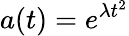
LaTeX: a(t)=e^{\lambda t^{2}}